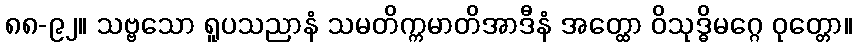
၈၈-၉၂။ သဗ္ဗသော ရူပသညာနံ သမတိက္ကမာတိအာဒီနံ အတ္ထော ဝိသုဒ္ဓိမဂ္ဂေ ဝုတ္တော။